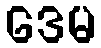
ဒေမ